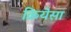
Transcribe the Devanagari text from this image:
क्रियेसा